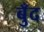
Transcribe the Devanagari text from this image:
बुँद